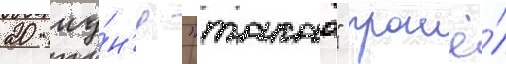
20 иу́н'я "такао" прошё́л